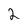
Character: 2